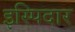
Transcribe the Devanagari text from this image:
इस्पिदार